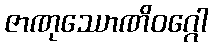
ဇာဏုဿောဏိဝဂ္ဂေါ